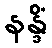
နန္ဒိံ